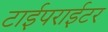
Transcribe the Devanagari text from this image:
टाईपराईटर